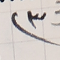
(٣    3